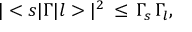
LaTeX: | < s | \Gamma | l > | ^ { 2 } \, \leq \, { \Gamma } _ { s } \, { \Gamma } _ { l } ,